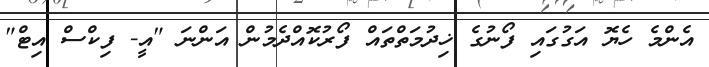
އެންމެ ހެޔޮ އަގުގައި ފޯނުގެ ޚިދުމަތްތައް ފޯރުކޮއްދެމުން އަންނަ "އީ- ފިކްސް އިޓް"